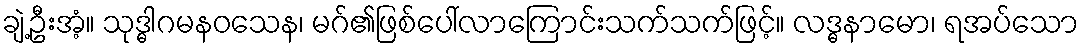
ချဲ့ဦးအံ့။ သုဒ္ဓါဂမနဝသေန၊ မဂ်၏ဖြစ်ပေါ်လာကြောင်းသက်သက်ဖြင့်။ လဒ္ဓနာမော၊ ရအပ်သော